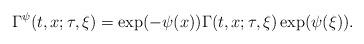
LaTeX: \begin{align*}\Gamma^{\psi}(t,x;\tau,\xi)=\exp(-\psi(x))\Gamma(t,x;\tau,\xi)\exp(\psi(\xi)).\end{align*}